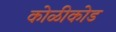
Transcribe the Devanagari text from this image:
कोळीकोड